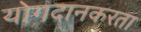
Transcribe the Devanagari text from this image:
योगदानकरता